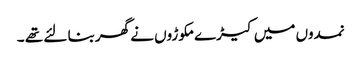
نمدوں میں کیڑے مکوڑوں نے گھربنا لئے تھے ۔